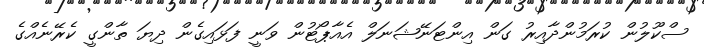
ސްކޫލުން ކުރަމުންދާއިރު ގަން އިންޓަނޭޝަނަލް އެއާޕޯޓުން ވަނީ ފަޅައިގެން ދިޔަ ތާންގީ ކެރޭނެއްގެ